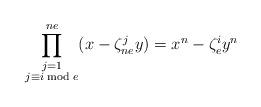
LaTeX: \begin{align*} \prod^{ne}_{\substack{j=1\\ j\equiv i \bmod e}}(x-\zeta^j_{ne}y)= x^n-\zeta^i_ey^n\end{align*}